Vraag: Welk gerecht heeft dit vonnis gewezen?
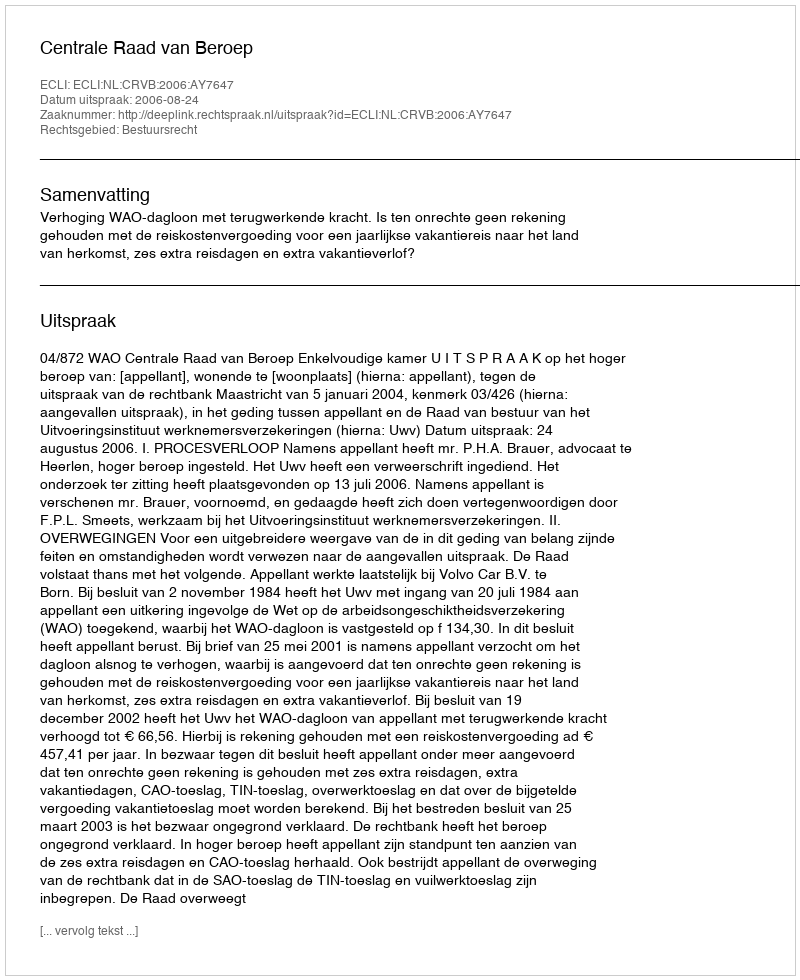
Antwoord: Centrale Raad van Beroep